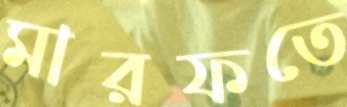
মারফতে